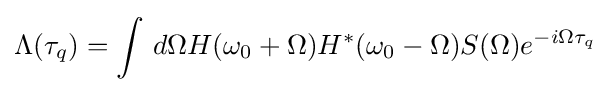
\Lambda (\tau _{q})=\int \,d\Omega H(\omega _{0}+\Omega )H^{\ast }(\omega _{0}-\Omega )S(\Omega )e^{-i\Omega \tau _{q}}